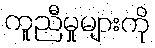
ကူညီမှုများကို